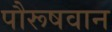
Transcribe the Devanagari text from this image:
पौरूषवान